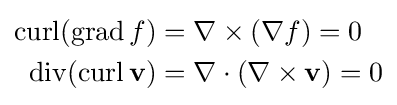
{\begin{aligned}\operatorname {curl} (\operatorname {grad} f)&=\nabla \times (\nabla f)=0\\\operatorname {div} (\operatorname {curl} \mathbf {v} )&=\nabla \cdot (\nabla \times \mathbf {v} )=0\end{aligned}}